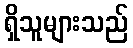
ရှိသူများသည်